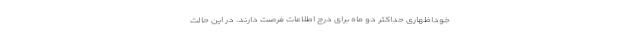
خوداظهاری حداکثر دو ماه برای درج اطلاعات فرصت دارند. در این حالت